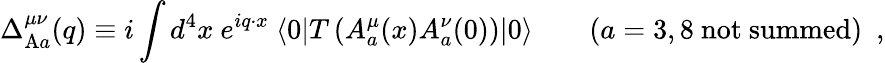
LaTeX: \Delta_{\mathrm{A}a}^{\mu\nu}(q)\equiv i\int d^{4}x~e^{iq\cdot x}~\langle 0|T\left(A_{a}^{\mu}(x)A_{a}^{\nu}(0)\right)|0\rangle\qquad(a=3,8\ \mathrm{not\ summed})\ \ ,